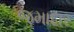
જમાદાર